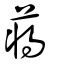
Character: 蔣